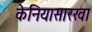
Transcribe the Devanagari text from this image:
केनियासारखा